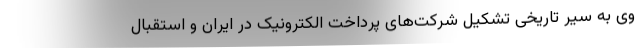
وی به سیر تاریخی تشکیل شرکت‌های پرداخت الکترونیک در ایران و استقبال